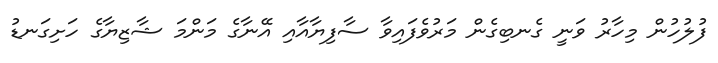
ފުލުހުން މިހާރު ވަނީ ގެނބިގެން މަރުވެފައިވާ ސާފިޔާއާއި އޭނާގެ މަންމަ ޝާޒިޔާގެ ހަށިގަނޑު